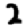
Digit: 2